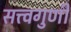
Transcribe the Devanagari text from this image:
सत्त्वगुणी